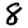
Digit: 8